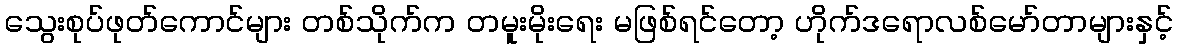
သွေးစုပ်ဖုတ်ကောင်များ တစ်သိုက်က တမူးမိုးရေး မဖြစ်ရင်တော့ ဟိုက်ဒရောလစ်မော်တာများနှင့်